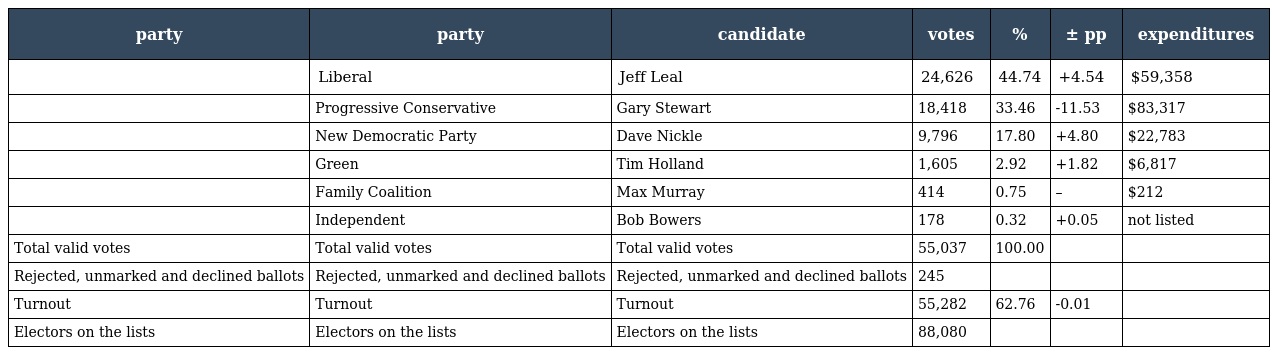
| party | party | candidate | votes | % | ± pp | expenditures |
 | --- | --- | --- | --- | --- | --- | --- |
 |  | Liberal | Jeff Leal | 24,626 | 44.74 | +4.54 | $59,358 |
 |  | Progressive Conservative | Gary Stewart | 18,418 | 33.46 | -11.53 | $83,317 |
 |  | New Democratic Party | Dave Nickle | 9,796 | 17.80 | +4.80 | $22,783 |
 |  | Green | Tim Holland | 1,605 | 2.92 | +1.82 | $6,817 |
 |  | Family Coalition | Max Murray | 414 | 0.75 | – | $212 |
 |  | Independent | Bob Bowers | 178 | 0.32 | +0.05 | not listed |
 | Total valid votes | Total valid votes | Total valid votes | 55,037 | 100.00 |  |  |
 | Rejected, unmarked and declined ballots | Rejected, unmarked and declined ballots | Rejected, unmarked and declined ballots | 245 |  |  |  |
 | Turnout | Turnout | Turnout | 55,282 | 62.76 | -0.01 |  |
 | Electors on the lists | Electors on the lists | Electors on the lists | 88,080 |  |  |  |